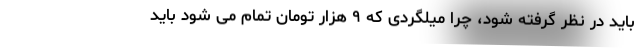
باید در نظر گرفته شود، چرا میلگردی که ۹ هزار تومان تمام می شود باید